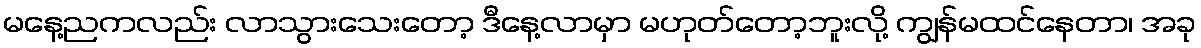
မနေ့ညကလည်း လာသွားသေးတော့ ဒီနေ့လာမှာ မဟုတ်တော့ဘူးလို့ ကျွန်မထင်နေတာ၊ အခု